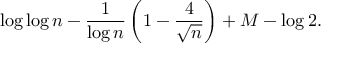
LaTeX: \log \log n - { \frac { 1 } { \log n } } \left( 1 - { \frac { 4 } { \sqrt { n } } } \right) + M - \log 2 .